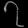
Digit: ၇